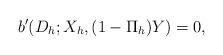
LaTeX: \begin{align*} b'(D_h; X_h, (1-\Pi_h)Y) = 0, \end{align*}